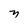
Character: n